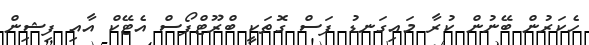
ހެކަރުން ބޭނުން ކުރާ މައިގަނޑު ފަސް ގޮތަކީ ބްރޫޓްފޯސް އެޓޭކް އާއި ފިޝިން